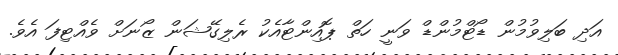
އަދި ބަލިވުމުން ޑޯޓްމުންޑް ވަނީ ހަތް ޕޮއިންޓާއެކު ރެލިގޭޝަން ޒޯނަށް ވެއްޓިފަ އެވެ.